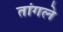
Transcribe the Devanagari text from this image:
तांगले